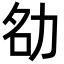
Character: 𪟚